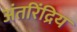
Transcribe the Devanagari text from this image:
अंतरिंद्रिय